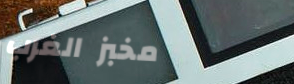
مخبز الغرب